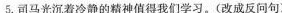
5.司马光沉着冷静的精神值得我们学习。（改成反问句）